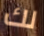
لك